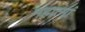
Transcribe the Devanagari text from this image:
महात्मां